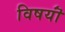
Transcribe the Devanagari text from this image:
विषयॊं